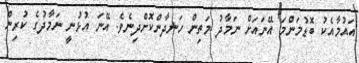
އައުމާއެކު ބޮޑުމަންމަ އޭނައަށް ނަމާދު މަތިން ހަނދާންކޮށްދިނެވެ. އޭނަ އުޅުނީ ނަމާދުގެ ކުރިން